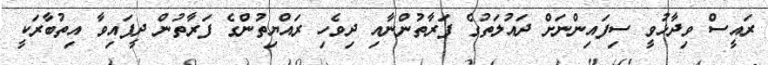
ރައީސް ވިދާޅުވީ ސިފައިންނަށް ދައުލަތުގެ ފަރާތުންނާއި ދިވެހި ރައްޔިތުންގެ ފަރާތުން ދީފައިވާ އިތުބާރަކީ